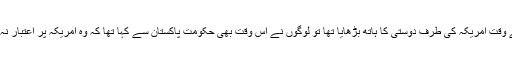
جب پاکستان نے دوسری افغان جنگ کے وقت امریکہ کی طرف دوستی کا ہاتھ بڑھایا تھا تو لوگوں نے اس وقت بھی حکومت پاکستان سے کہا تھا کہ وہ امریکہ پر اعتبار نہ کریں یہ پھر آپ کو تنہا چھوڑ جائے گا۔